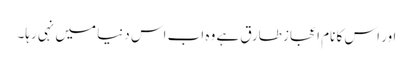
اور اس کا نام اعجاز طارق ہے وہ اب اس دنیا میں نہی رہا۔